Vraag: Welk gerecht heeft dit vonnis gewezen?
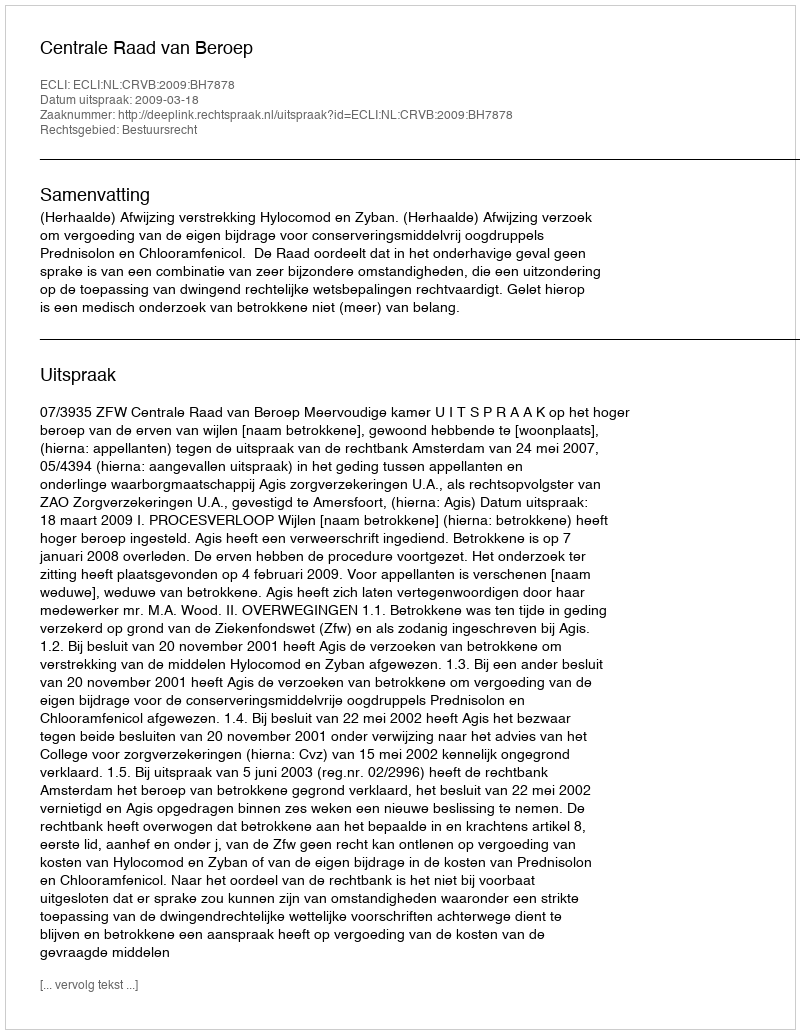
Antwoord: Centrale Raad van Beroep